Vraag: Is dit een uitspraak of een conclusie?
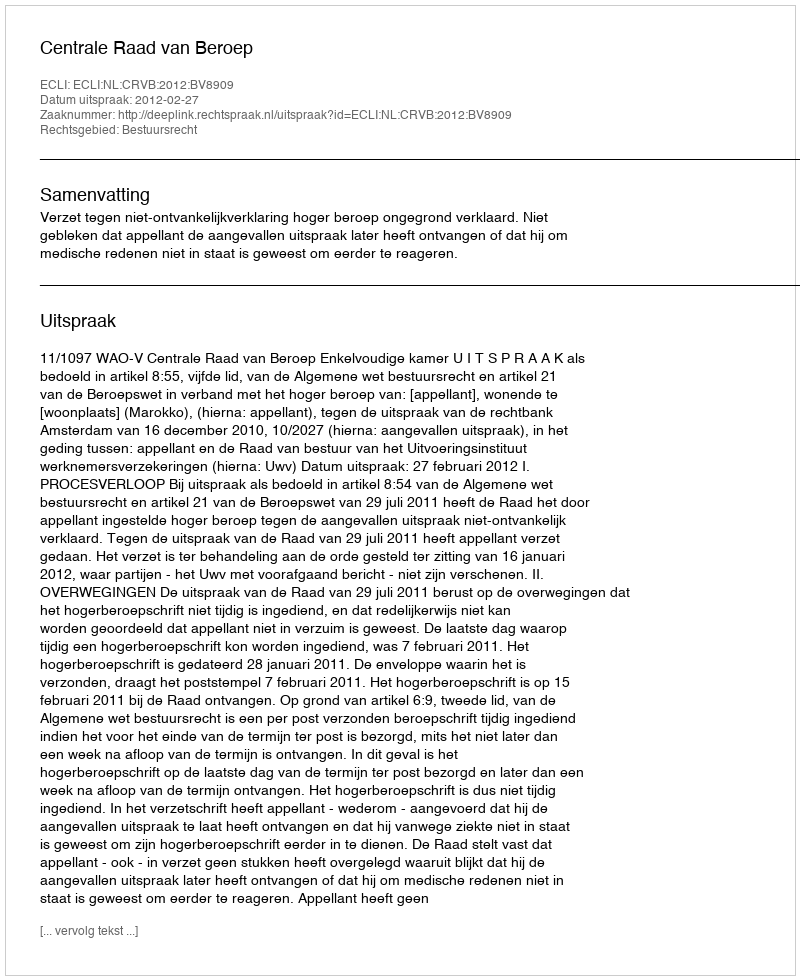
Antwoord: Uitspraak